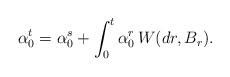
LaTeX: \begin{align*}\alpha_0^t = \alpha_0^s+ \int^{t}_{0}\alpha_0^r\, W(dr,B_r).\end{align*}